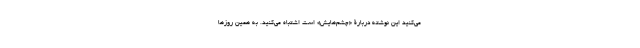
می‌کنید این نوشته دربارۀ «چشم‌هایش» است اشتباه می‌کنید. به همین روزها